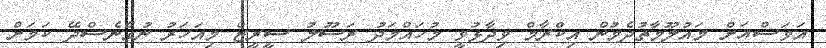
އަވަސްއަށް މައުލޫމާތުދެމުން އިކްރާމް ވިދާޅުވީ މުހައްމަދު ރަސޫލު ސީރީޒް މިއަހަރު ނުގެނެސްދޭ ކަމަށް